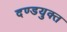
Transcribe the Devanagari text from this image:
दण्डयुक्त